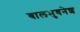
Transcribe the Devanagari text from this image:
बालभुवनेश